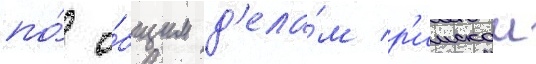
по́ о́бщим д'ела́м р'имскои